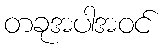
တခုအပါအဝင်